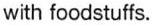
with foodstuffs.